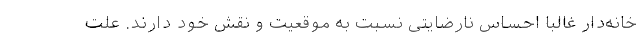
خانه‌دار غالبا احساس نارضایتی نسبت به موقعیت و نقش خود دارند. علت